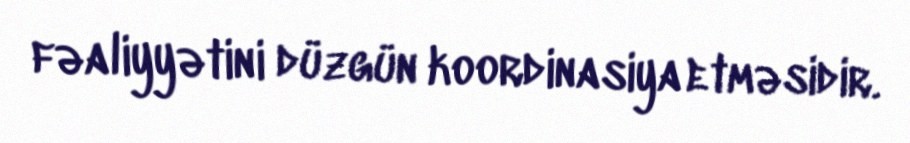
fəaliyyətini düzgün koordinasiya etməsidir.